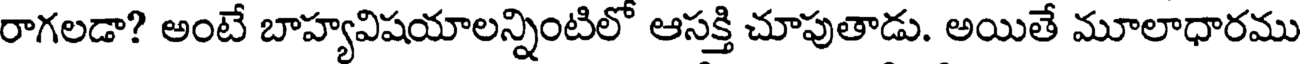
రాగలడా? అంటే బాహ్యవిషయాలన్నింటిలో ఆసక్తి చూపుతాడు. అయితే మూలాధారము